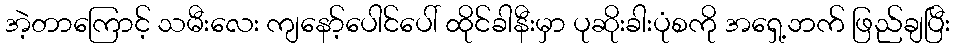
အဲ့တာကြောင့် သမီးလေး ကျနော့်ပေါင်ပေါ် ထိုင်ခါနီးမှာ ပုဆိုးခါးပုံစကို အရှေ့ဘက် ဖြည်ချပြီး